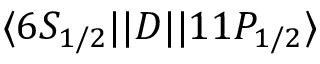
\ensuremath { \langle 6 S _ { 1 / 2 } | | } D \ensuremath { | | 1 1 P _ { 1 / 2 } \rangle }